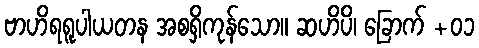
ဗာဟိရရူပါယတန အစရှိကုန်သော။ ဆဟိပိ၊ ခြောက် +၀၁